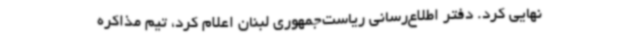
نهایی کرد. دفتر اطلاع‌رسانی ریاست‌جمهوری لبنان اعلام کرد، تیم مذاکره